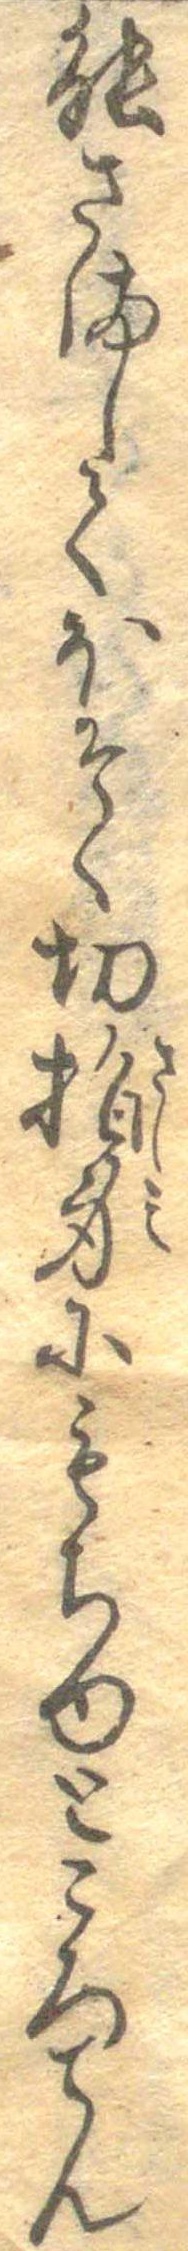
能さましてほそく切指身にもちゆところてん